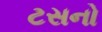
ટસનો